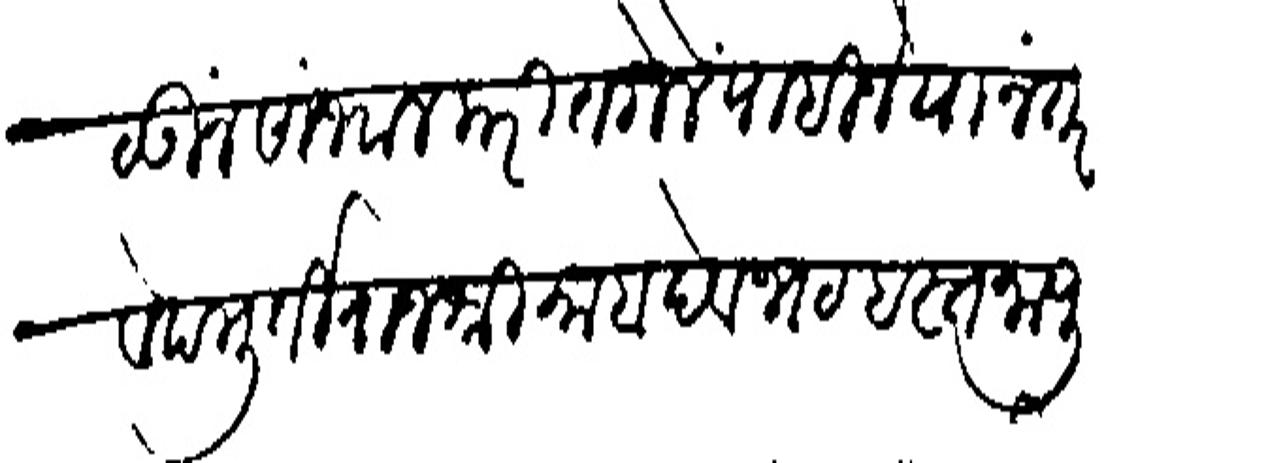
Transliteration (Devanagari): पाठवून सांभाल करीत गेले पाहिजे यानंतर वेदमूर्ती राजशी माहादेब भट हस्तनापुरींहून